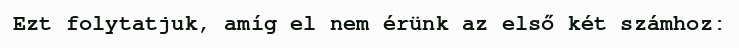
Ezt folytatjuk, amíg el nem érünk az első két számhoz: